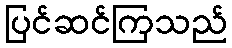
ပြင်ဆင်ကြသည်